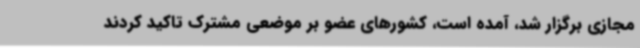
مجازی برگزار شد، آمده است، کشورهای عضو بر موضعی مشترک تاکید کردند